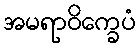
အမရာဝိက္ခေပံ